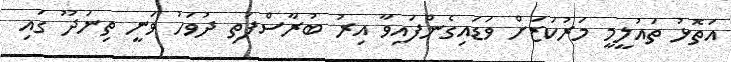
އަތޮޅު ތައުލީމީ މަރުކަޒަށް ވަޑައިގެންފައިވާ އިރު ބުރާސްފަތި ދުވަހު ވަނީ ތިނަދޫ ގައި